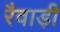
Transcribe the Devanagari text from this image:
रैवाड़ी